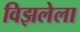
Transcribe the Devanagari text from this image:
विझलेला